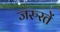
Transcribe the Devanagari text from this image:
जरुरतें